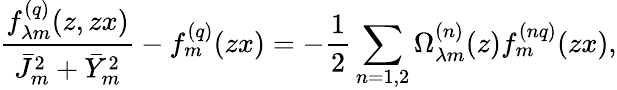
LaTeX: \frac{f_{\lambda m}^{(q)}(z,zx)}{\bar{J}_{m}^{2}+\bar{Y}_{m}^{2}}-f_{m}^{(q)}(zx)=-\frac{1}{2}\sum_{n=1,2}\Omega_{\lambda m}^{(n)}(z)f_{m}^{(nq)}(zx),